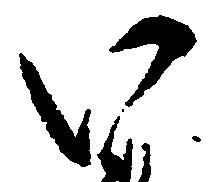
い